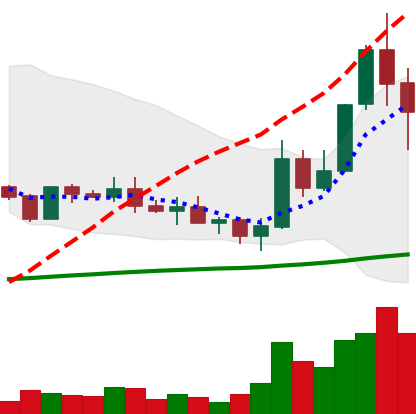
Ticker: ADA-USD
Chart end date: 2019-05-17
Forward return: -6.372%
Label: down_5_7